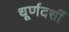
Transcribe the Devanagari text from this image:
धूर्णदर्शी